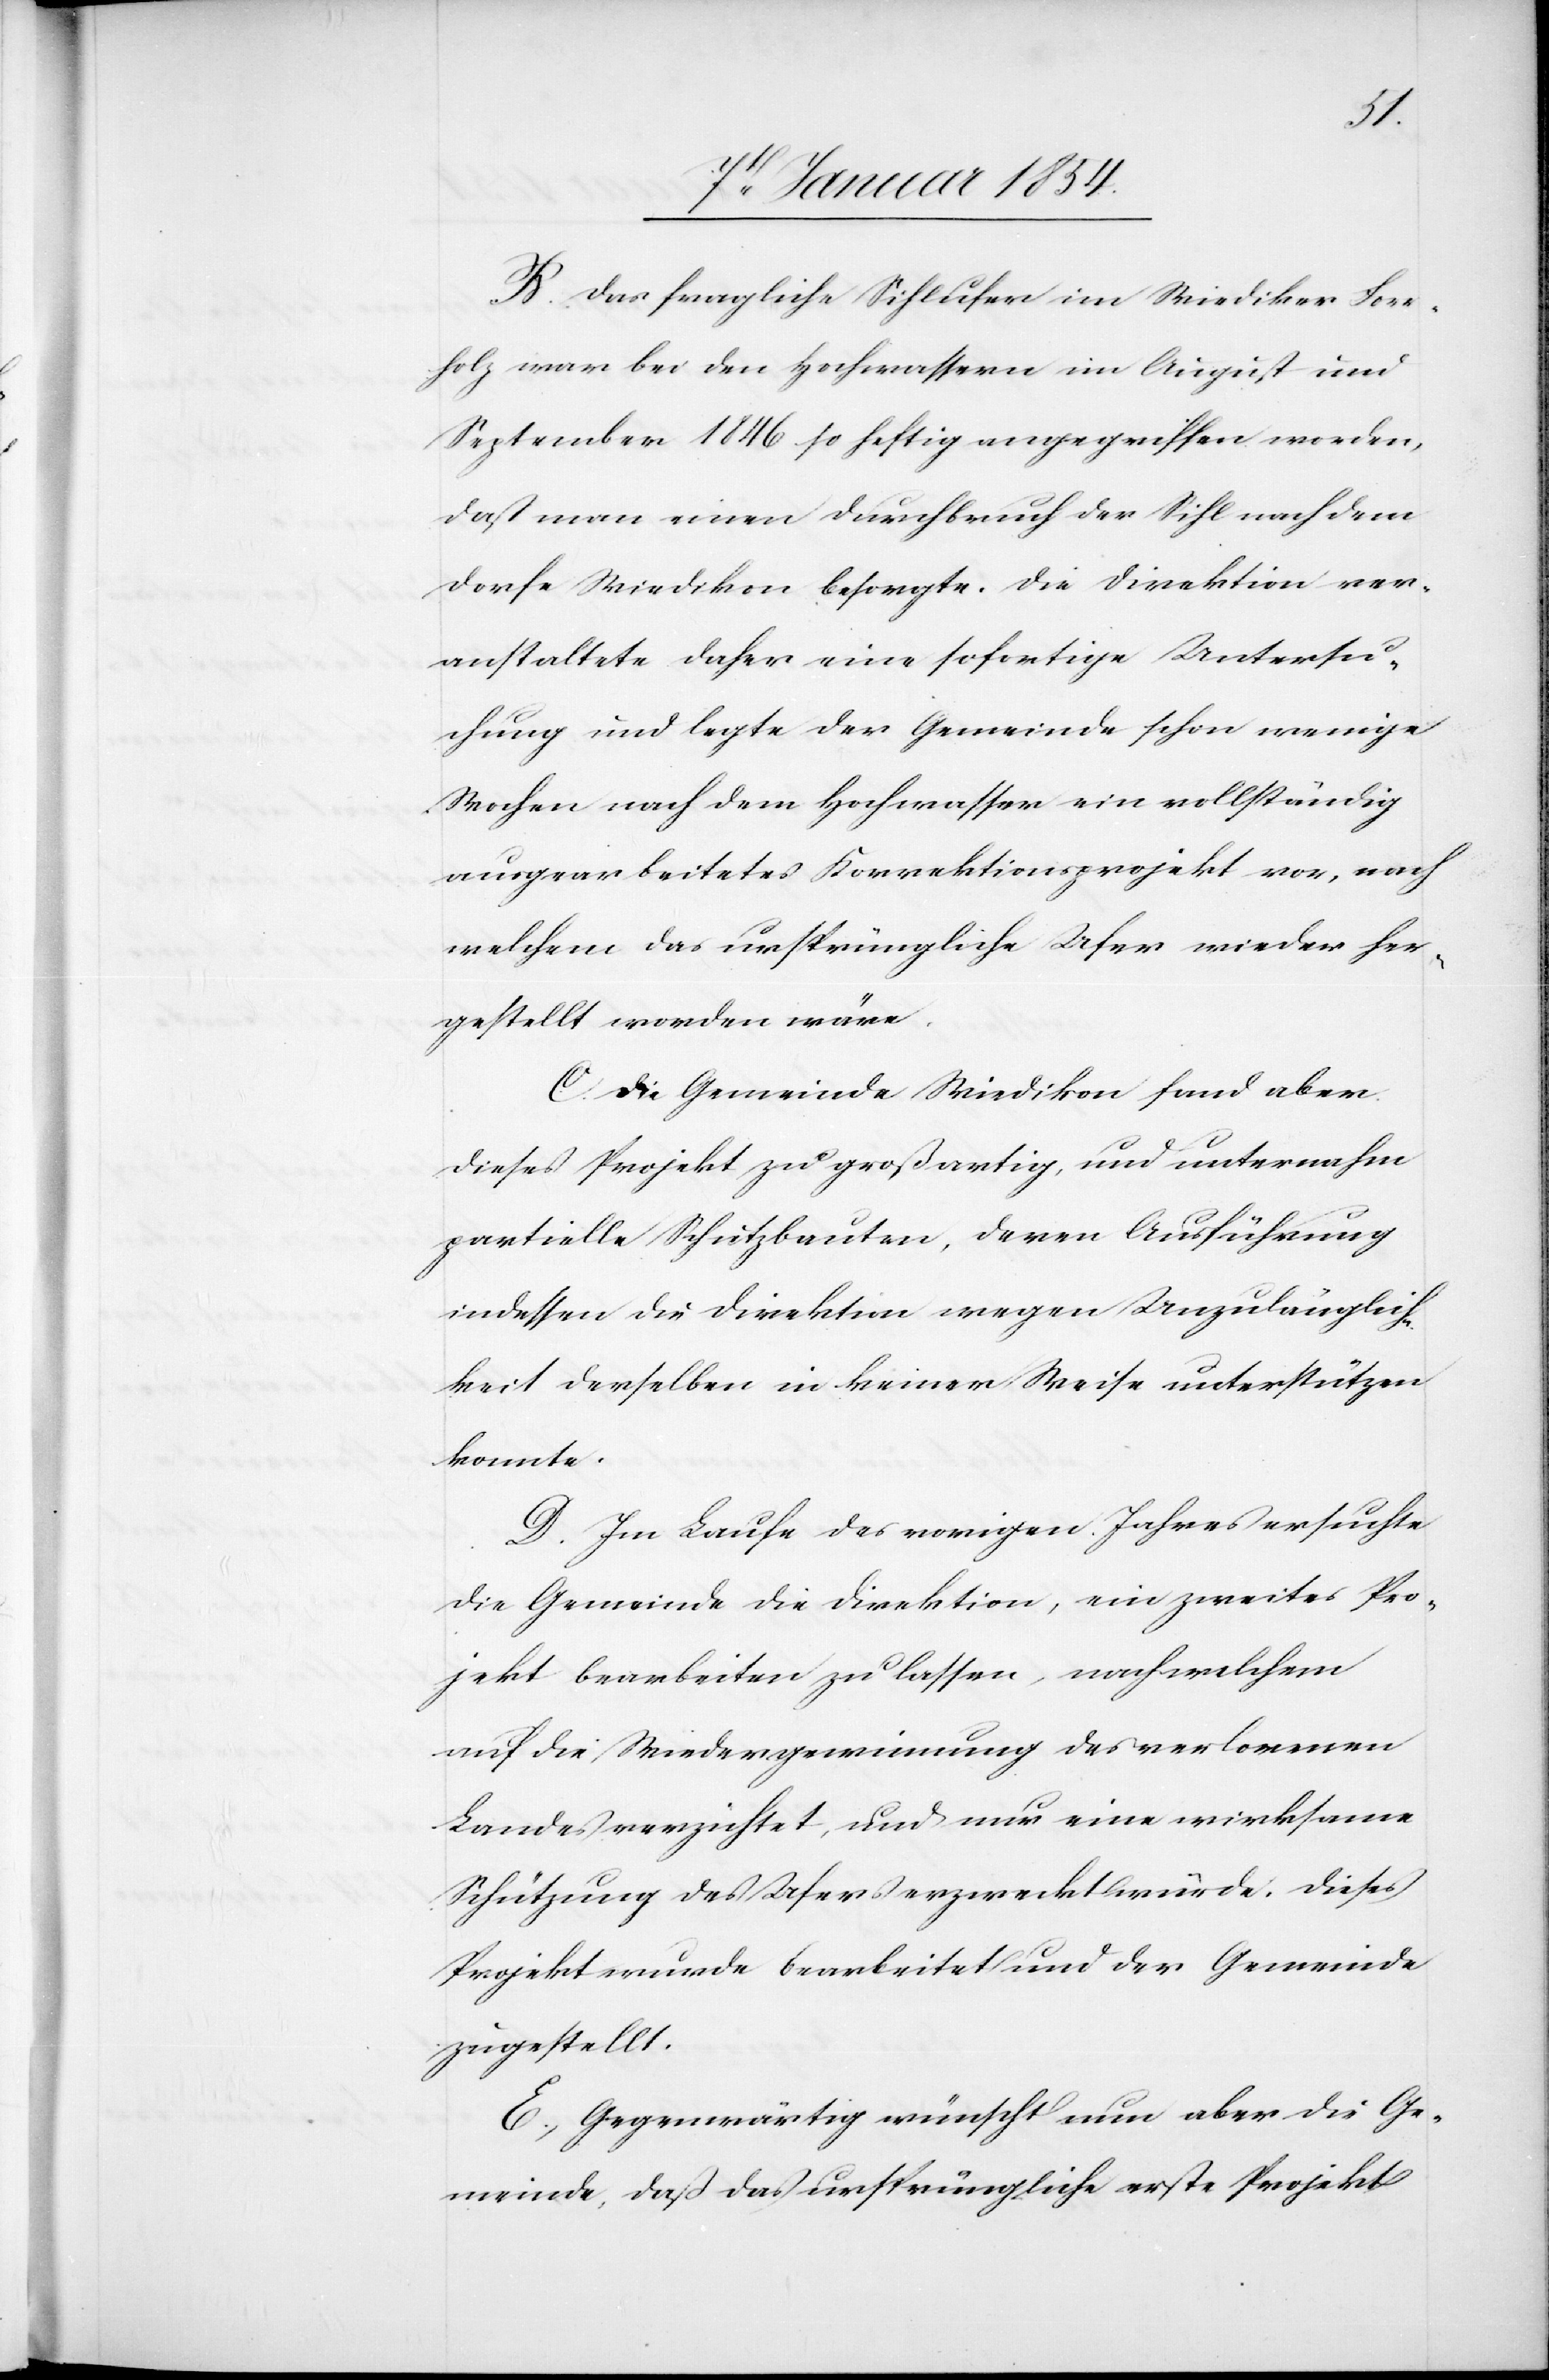
B. Das fragliche Sihlufer im Wiediker Forr¬
holz war bei den Hochwassern im August und
September 1846 so heftig angegriffen worden,
daß man einen Durchbruch der Sihl nach dem
Dorfe Wiedikon besorgte. Die Direktion ver¬
anstaltete daher eine sofortige Untersu¬
chung und legte der Gemeinde schon wenige
Wochen nach dem Hochwasser ein vollständig
ausgearbeitetes Korrektionsprojekt vor, nach
welchem das ursprüngliche Ufer wieder her¬
gestellt worden wäre.
C. Die Gemeinde Wiedikon fand aber
dieses Projekt zu großartig, und unternahm
partielle Schutzbauten, deren Ausführung
indessen die Direktion wegen Unzulänglich¬
keit derselben in keiner Weise unterstützen
konnte.
D. Im Laufe des vorigen Jahres ersuchte
die Gemeinde die Direktion, ein zweites Pro¬
jekt bearbeiten zu lassen, nach welchem
auf die Wiedergewinnung des verlorenen
Landes verzichtet, und nur eine wirksame
Schützung des Ufers erzweckt würde. Dieses
Projekt wurde bearbeitet und der Gemeinde
zugestellt.
E. Gegenwärtig wünscht nun aber die Ge¬
meinde, daß das ursprüngliche erste Projekt